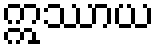
ဣဿာယ